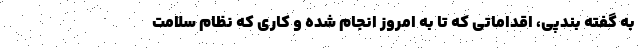
به گفته بندپی، اقداماتی که تا به امروز انجام شده و کاری که نظام سلامت